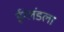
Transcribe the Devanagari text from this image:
ईंग्लंडला